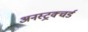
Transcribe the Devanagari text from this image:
अनस्ट्रक्चर्ड